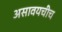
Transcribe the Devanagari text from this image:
असावयचीच